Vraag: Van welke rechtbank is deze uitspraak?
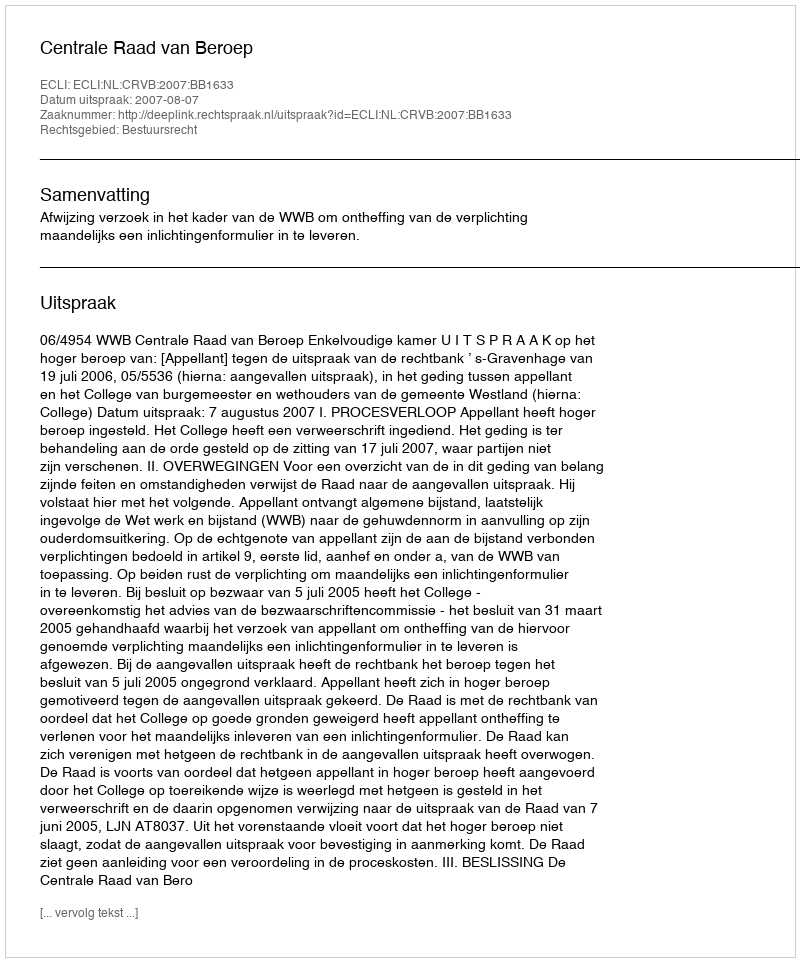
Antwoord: Centrale Raad van Beroep